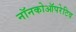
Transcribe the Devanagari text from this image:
नॉनकोऑपरेटिव